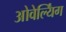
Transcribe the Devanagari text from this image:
ओवेर्ल्यिंग